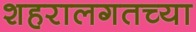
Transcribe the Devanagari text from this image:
शहरालगतच्या